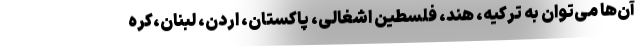
آن‌ها می‌توان به ترکیه، هند، فلسطین اشغالی، پاکستان، اردن، لبنان،کره